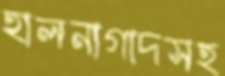
হালনাগাদসহ